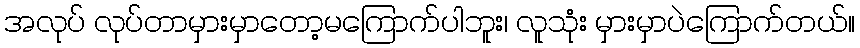
အလုပ် လုပ်တာမှားမှာတော့မကြောက်ပါဘူး၊ လူသုံး မှားမှာပဲကြောက်တယ်။